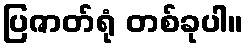
ပြဇာတ်ရုံ တစ်ခုပါ။